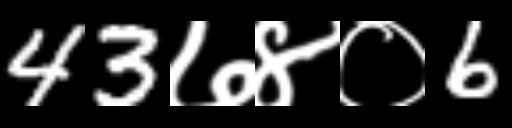
Text: 43७४०6